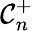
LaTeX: \mathcal{C}_{n}^{+}